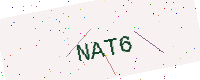
Text: NAT6